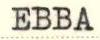
EBBA